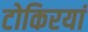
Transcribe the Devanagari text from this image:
टोकिरयां